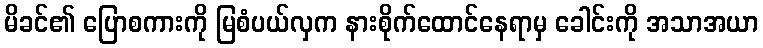
မိခင်၏ ပြောစကားကို မြစံပယ်လှက နားစိုက်ထောင်နေရာမှ ခေါင်းကို အသာအယာ